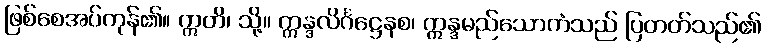
ဖြစ်စေအပ်ကုန်၏။ ဣတိ၊ သို့။ ဣန္ဒလိင်္ဂဋ္ဌေနစ၊ ဣန္ဒမည်သောကံသည် ပြတတ်သည်၏